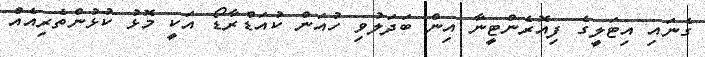
ގެނައި އިޓަލީގެ ފިއޮރެންޓީނާ އިން ބަދަލުވި ހުއަން ކުއަޑްރާޑޯ އަކީ މޮޅު ކުޅުންތެރިއެއް